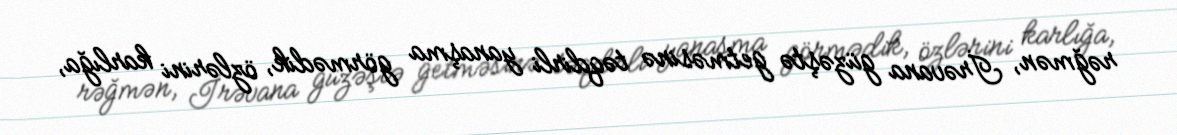
rəğmən, İrəvana güzəştə getməsinə təqdirli yanaşma görmədik, özlərini karlığa,